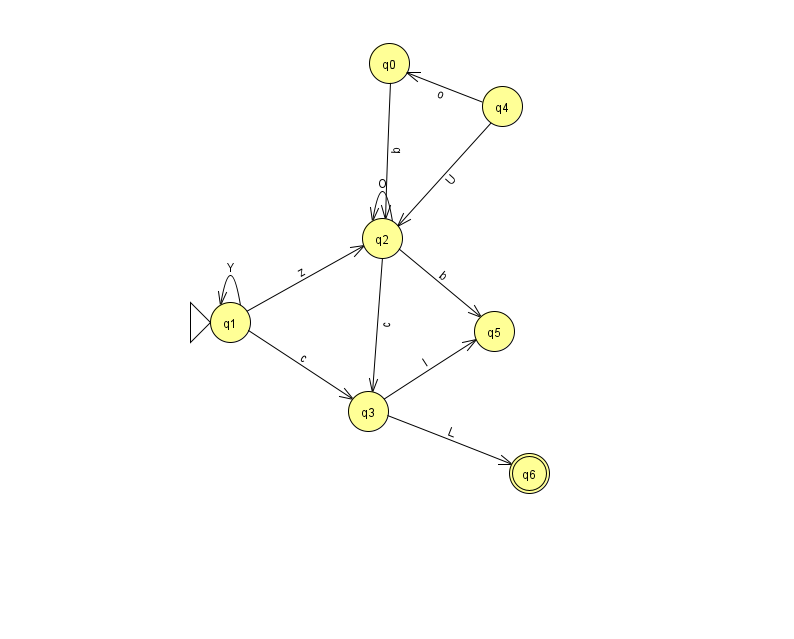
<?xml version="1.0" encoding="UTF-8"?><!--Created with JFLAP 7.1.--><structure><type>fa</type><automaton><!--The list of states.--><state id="0" name="q0"><x>389.0</x><y>50.0</y></state><state id="1" name="q1"><x>230.0</x><y>309.0</y><initial/></state><state id="2" name="q2"><x>382.0</x><y>225.0</y></state><state id="3" name="q3"><x>368.0</x><y>398.0</y></state><state id="4" name="q4"><x>502.0</x><y>93.0</y></state><state id="5" name="q5"><x>494.0</x><y>318.0</y></state><state id="6" name="q6"><x>529.0</x><y>460.0</y><final/></state><!--The list of transitions.--><transition><from>0</from><to>2</to><read>b</read></transition><transition><from>3</from><to>6</to><read>L</read></transition><transition><from>1</from><to>3</to><read>c</read></transition><transition><from>4</from><to>0</to><read>o</read></transition><transition><from>1</from><to>2</to><read>z</read></transition><transition><from>2</from><to>3</to><read>c</read></transition><transition><from>1</from><to>1</to><read>Y</read></transition><transition><from>3</from><to>5</to><read>l</read></transition><transition><from>2</from><to>5</to><read>b</read></transition><transition><from>4</from><to>2</to><read>U</read></transition><transition><from>2</from><to>2</to><read>O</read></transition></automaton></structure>